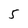
Character: 5